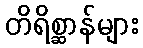
တိရိစ္ဆာန်များ